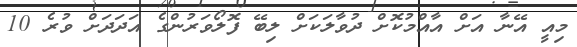
މިއީ އޭނާ އަށް އާއްމުކޮށް ދުވާލަކަށް ލިބޭ ފޮލޯވަރުންގެ އަދަދަށް ވުރެ 10